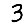
Digit: 3